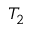
T _ { 2 }